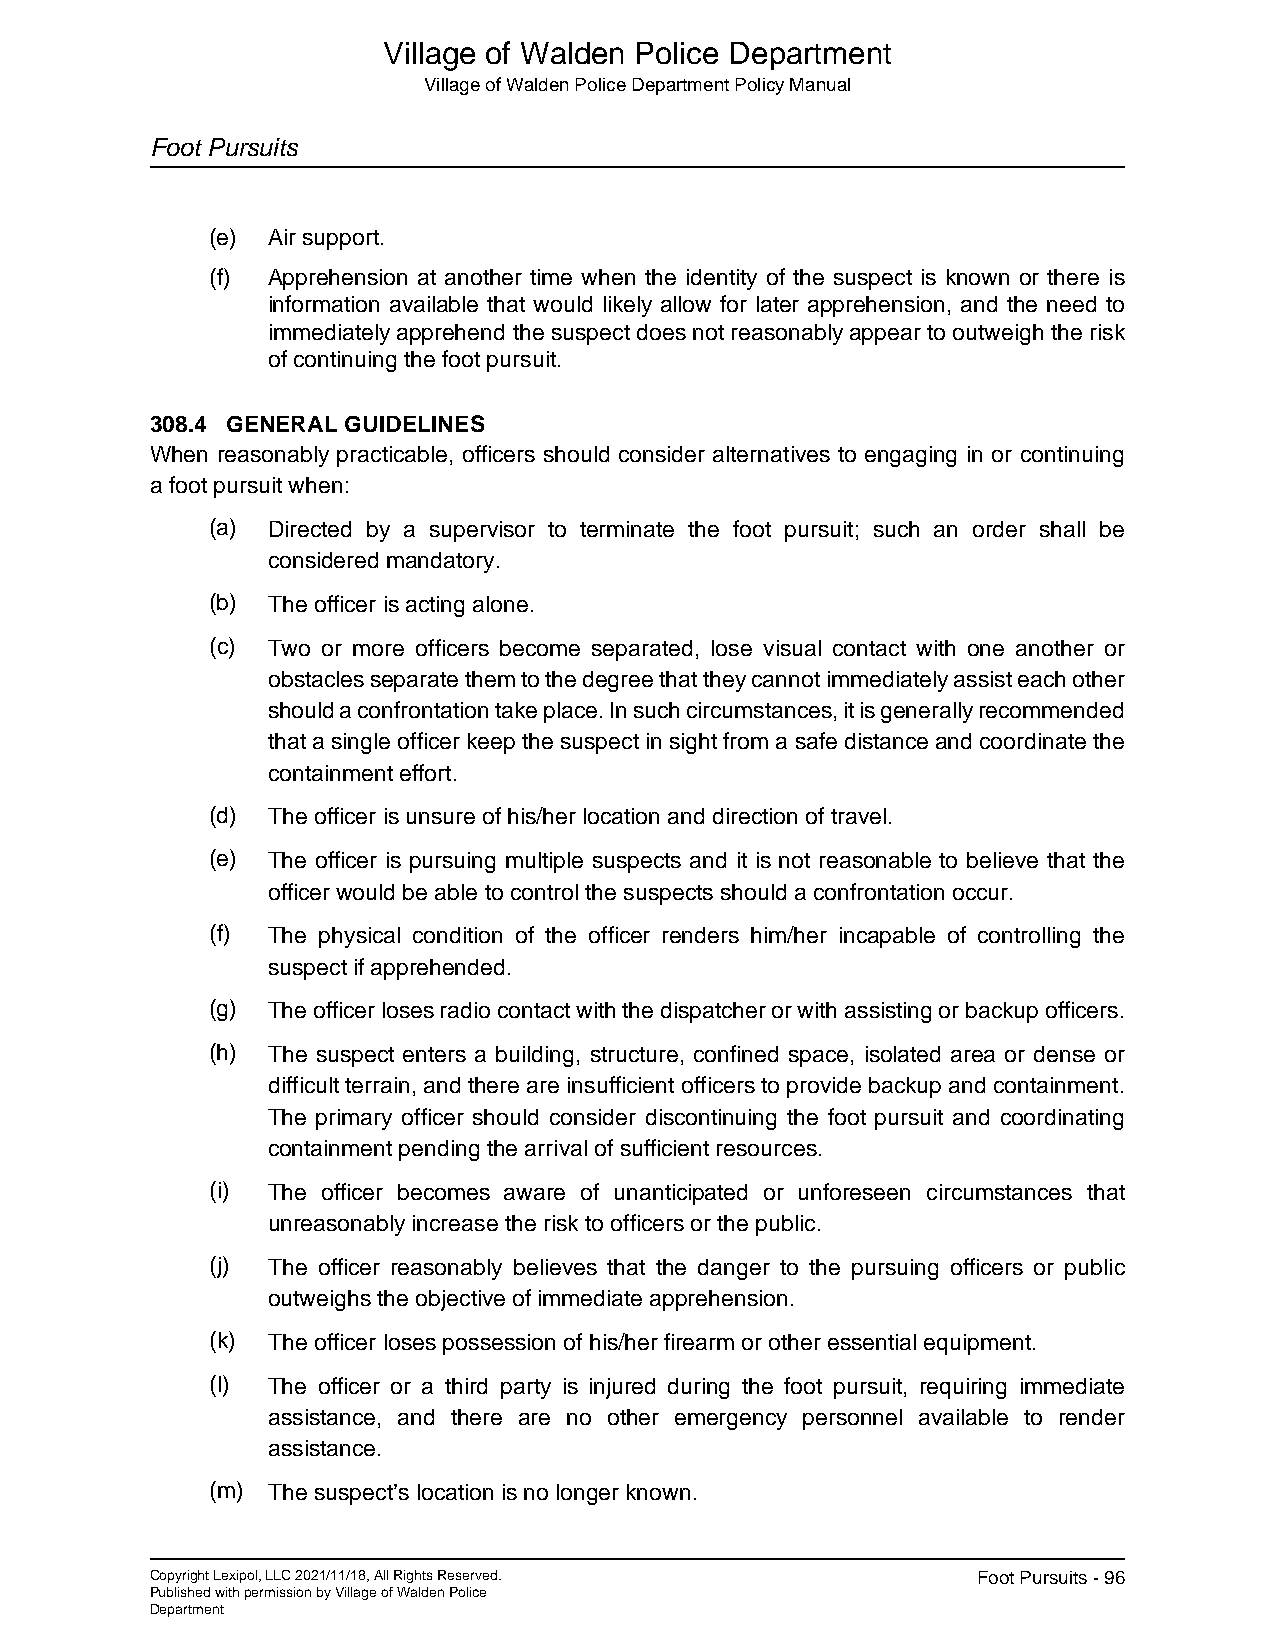
Village of Walden Police Department
 Village of Walden Police Department Policy Manual
 Foot Pursuits
 (e) Air support.
 (f) Apprehension at another time when the identity of the suspect is known or there is
 information available that would likely allow for later apprehension, and the need to
 immediately apprehend the suspect does not reasonably appear to outweigh the risk
 of continuing the foot pursuit.
 308.4 GENERAL GUIDELINES
 When reasonably practicable, officers should consider alternatives to engaging in or continuing
 a foot pursuit when:
 (a) Directed by a supervisor to terminate the foot pursuit; such an order shall be
 considered mandatory.
 (b) The officer is acting alone.
 (c) Two or more officers become separated, lose visual contact with one another or
 obstacles separate them to the degree that they cannot immediately assist each other
 should a confrontation take place. In such circumstances, it is generally recommended
 that a single officer keep the suspect in sight from a safe distance and coordinate the
 containment effort.
 (d) The officer is unsure of his/her location and direction of travel.
 (e) The officer is pursuing multiple suspects and it is not reasonable to believe that the
 officer would be able to control the suspects should a confrontation occur.
 (f) The physical condition of the officer renders him/her incapable of controlling the
 suspect if apprehended.
 (g) The officer loses radio contact with the dispatcher or with assisting or backup officers.
 (h) The suspect enters a building, structure, confined space, isolated area or dense or
 difficult terrain, and there are insufficient officers to provide backup and containment.
 The primary officer should consider discontinuing the foot pursuit and coordinating
 containment pending the arrival of sufficient resources.
 (i) The officer becomes aware of unanticipated or unforeseen circumstances that
 unreasonably increase the risk to officers or the public.
 (j) The officer reasonably believes that the danger to the pursuing officers or public
 outweighs the objective of immediate apprehension.
 (k) The officer loses possession of his/her firearm or other essential equipment.
 (l) The officer or a third party is injured during the foot pursuit, requiring immediate
 assistance, and there are no other emergency personnel available to render
 assistance.
 (m) The suspect’s location is no longer known.
 Copyright Lexipol, LLC 2021/11/18, All Rights Reserved. Foot Pursuits - 96
 Published with permission by Village of Walden Police
 Department